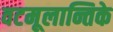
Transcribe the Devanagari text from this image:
वटमूलान्तिके